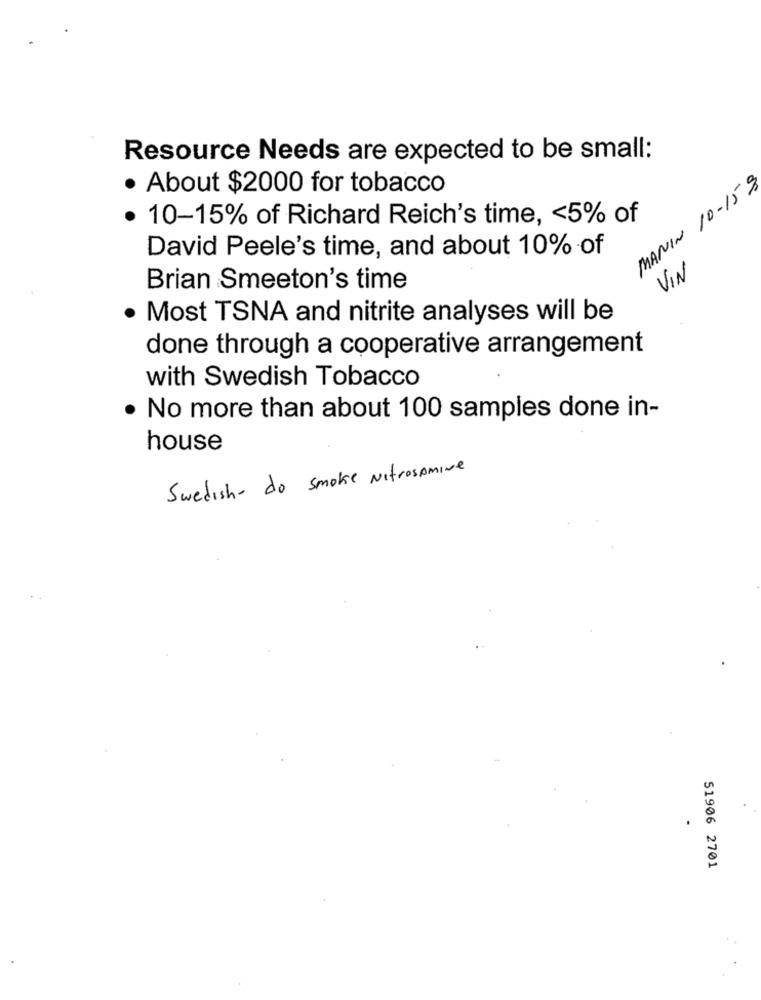
Resource Needs are expected to be small:
MANIN 10-15 9
· About $2000 for tobacco
· 10-15% of Richard Reich's time, < 5% of
David Peele's time, and about 10% of
VIN
Brian Smeeton's time
· Most TSNA and nitrite analyses will be
done through a cooperative arrangement
with Swedish Tobacco
· No more than about 100 samples done in-
house
Swedish- do smoke Nitrosomine
51906 2701